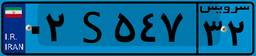
۰۲S۵۴۷۳۲